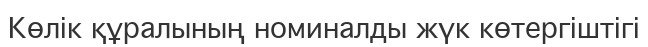
Көлік құралының номиналды жүк көтергіштігі